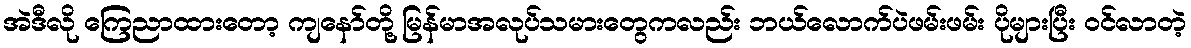
အဲဒီလို ကြေညာထားတော့ ကျနော်တို့ မြန်မာအလုပ်သမားတွေကလည်း ဘယ်လောက်ပဲဖမ်းဖမ်း ပိုများပြီး ဝင်လာတဲ့